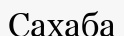
Сахаба